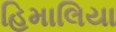
હિમાલિયા